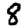
Digit: 8